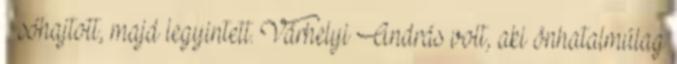
– sóhajtott, majd legyintett. Várhelyi András volt, aki önhatalmúlag